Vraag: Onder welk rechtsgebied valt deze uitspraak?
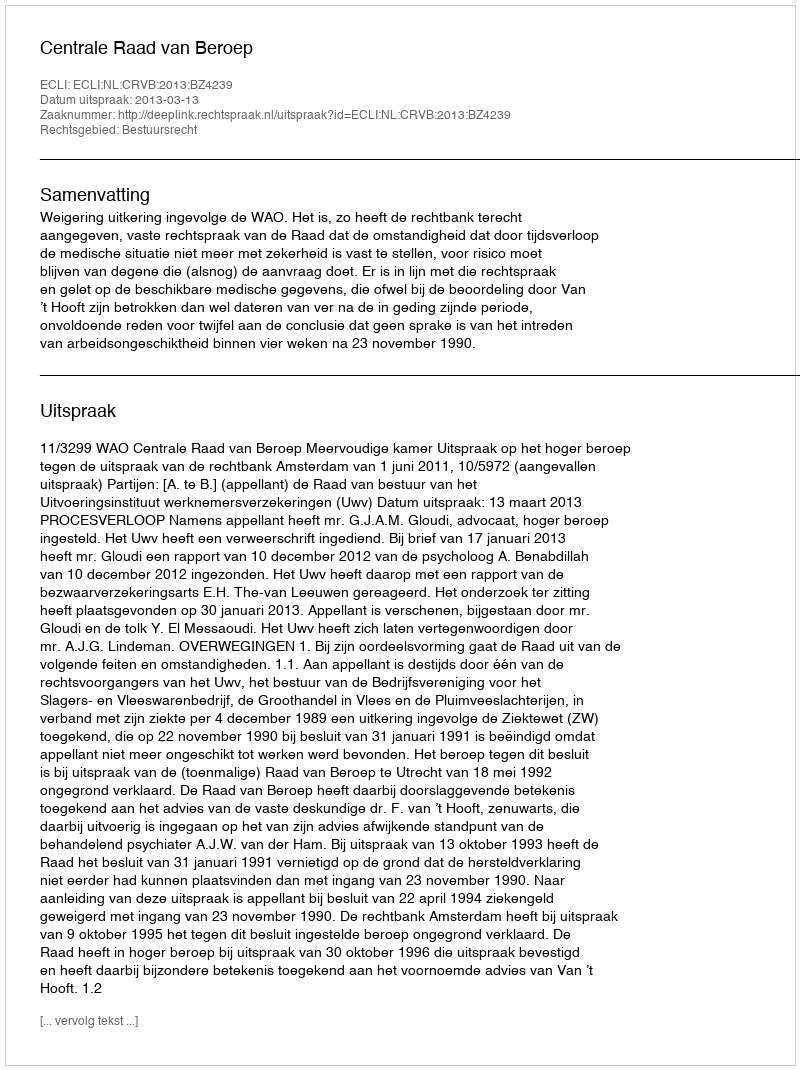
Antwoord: Bestuursrecht